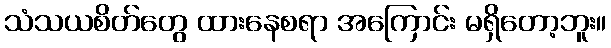
သံသယစိတ်တွေ ထားနေစရာ အကြောင်း မရှိတော့ဘူး။